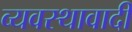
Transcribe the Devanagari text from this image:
व्यवस्थावादी